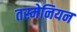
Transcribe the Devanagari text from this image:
तस्मेनियन